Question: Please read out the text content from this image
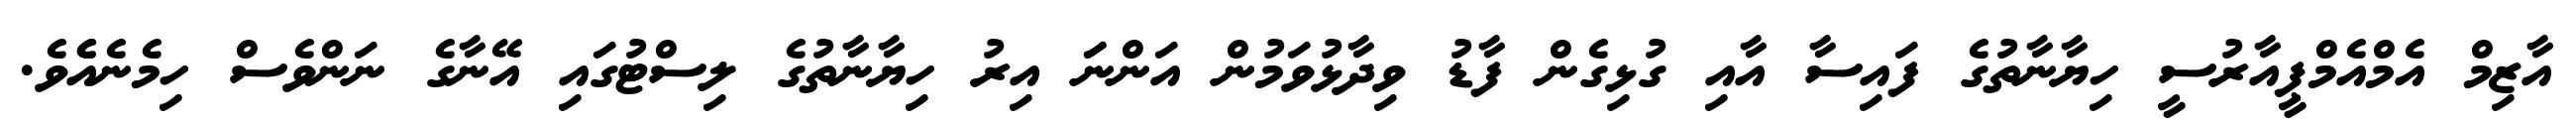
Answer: އާޒިމް އެމްއެމްޕީއާރުސީ ހިޔާނާތުގެ ފައިސާ އާއި ގުޅިގެން ފާޑު ވިދާޅުވަމުން އަންނަަ އިރު ހިޔާނާތުގެ ލިސްޓުގައި އޭނާގެ ނަންވެސް ހިމެނެއެެވެ.